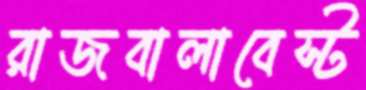
রাজবালাবেস্ট